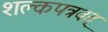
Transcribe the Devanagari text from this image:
शल्कपत्रवत्‌